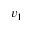
v _ { 1 }